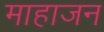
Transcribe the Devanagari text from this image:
माहाजन